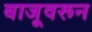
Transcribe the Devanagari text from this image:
बाजूवरून